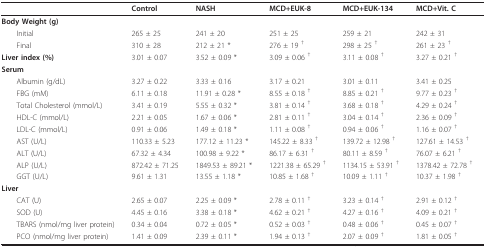
<table><thead><tr><td></td><td><b>Control</b></td><td><b>NASH</b></td><td><b>MCD+EUK-8</b></td><td><b>MCD+EUK-134</b></td><td><b>MCD+Vit. C</b></td></tr></thead><tbody><tr><td><b>Body Weight (g)</b></td><td></td><td></td><td></td><td></td><td></td></tr><tr><td> Initial</td><td>265 ± 25</td><td>241 ± 20</td><td>251 ± 25</td><td>259 ± 21</td><td>242 ± 31</td></tr><tr><td> Final</td><td>310 ± 28</td><td>212 ± 21 *</td><td>276 ± 19 <sup>†</sup></td><td>298 ± 25 <sup>†</sup></td><td>261 ± 23 <sup>†</sup></td></tr><tr><td><b>Liver index (%)</b></td><td>3.01 ± 0.07</td><td>3.52 ± 0.09 *</td><td>3.09 ± 0.06 <sup>†</sup></td><td>3.11 ± 0.08 <sup>†</sup></td><td>3.27 ± 0.21 <sup>†</sup></td></tr><tr><td><b>Serum</b></td><td></td><td></td><td></td><td></td><td></td></tr><tr><td> Albumin (g/dL)</td><td>3.27 ± 0.22</td><td>3.33 ± 0.16</td><td>3.17 ± 0.21</td><td>3.01 ± 0.11</td><td>3.41 ± 0.25</td></tr><tr><td> FBG (mM)</td><td>6.11 ± 0.18</td><td>11.91 ± 0.28 *</td><td>8.55 ± 0.18 <sup>†</sup></td><td>8.85 ± 0.21 <sup>†</sup></td><td>9.77 ± 0.23 <sup>†</sup></td></tr><tr><td> Total Cholesterol (mmol/L)</td><td>3.41 ± 0.19</td><td>5.55 ± 0.32 *</td><td>3.81 ± 0.14 <sup>†</sup></td><td>3.68 ± 0.18 <sup>†</sup></td><td>4.29 ± 0.24 <sup>†</sup></td></tr><tr><td> HDL-C (mmol/L)</td><td>2.21 ± 0.05</td><td>1.67 ± 0.06 *</td><td>2.81 ± 0.11 <sup>†</sup></td><td>3.04 ± 0.14 <sup>†</sup></td><td>2.36 ± 0.09 <sup>†</sup></td></tr><tr><td> LDL-C (mmol/L)</td><td>0.91 ± 0.06</td><td>1.49 ± 0.18 *</td><td>1.11 ± 0.08 <sup>†</sup></td><td>0.94 ± 0.06 <sup>†</sup></td><td>1.16 ± 0.07 <sup>†</sup></td></tr><tr><td> AST (U/L)</td><td>110.33 ± 5.23</td><td>177.12 ± 11.23 *</td><td>145.22 ± 8.33 <sup>†</sup></td><td>139.72 ± 12.98 <sup>†</sup></td><td>127.61 ± 14.53 <sup>†</sup></td></tr><tr><td> ALT (U/L)</td><td>67.32 ± 4.34</td><td>100.98 ± 9.22 *</td><td>86.17 ± 6.31 <sup>†</sup></td><td>80.11 ± 8.59 <sup>†</sup></td><td>76.07 ± 6.21 <sup>†</sup></td></tr><tr><td> ALP (U/L)</td><td>872.42 ± 71.25</td><td>1849.53 ± 89.21 *</td><td>1221.38 ± 65.29 <sup>†</sup></td><td>1134.15 ± 53.91 <sup>†</sup></td><td>1378.42 ± 72.78 <sup>†</sup></td></tr><tr><td> GGT (U/L)</td><td>9.61 ± 1.31</td><td>13.55 ± 1.18 *</td><td>10.85 ± 1.68 <sup>†</sup></td><td>10.09 ± 1.11 <sup>†</sup></td><td>10.37 ± 1.98 <sup>†</sup></td></tr><tr><td><b>Liver</b></td><td></td><td></td><td></td><td></td><td></td></tr><tr><td> CAT (U)</td><td>2.65 ± 0.07</td><td>2.25 ± 0.09 *</td><td>2.78 ± 0.11 <sup>†</sup></td><td>3.23 ± 0.14 <sup>†</sup></td><td>2.91 ± 0.12 <sup>†</sup></td></tr><tr><td> SOD (U)</td><td>4.45 ± 0.16</td><td>3.38 ± 0.18 *</td><td>4.62 ± 0.21 <sup>†</sup></td><td>4.27 ± 0.16 <sup>†</sup></td><td>4.09 ± 0.21 <sup>†</sup></td></tr><tr><td> TBARS (nmol/mg liver protein)</td><td>0.34 ± 0.04</td><td>0.72 ± 0.05 *</td><td>0.52 ± 0.03 <sup>†</sup></td><td>0.48 ± 0.06 <sup>†</sup></td><td>0.45 ± 0.07 <sup>†</sup></td></tr><tr><td> PCO (nmol/mg liver protein)</td><td>1.41 ± 0.09</td><td>2.39 ± 0.11 *</td><td>1.94 ± 0.13 <sup>†</sup></td><td>2.07 ± 0.09 <sup>†</sup></td><td>1.81 ± 0.05 <sup>†</sup></td></tr></tbody></table>